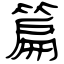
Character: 篇